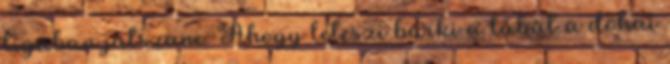
ligában játszani. Ahogy leteszi bárki a lábát a dohai